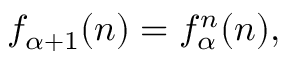
f _ { \alpha + 1 } ( n ) = f _ { \alpha } ^ { n } ( n ) ,